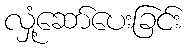
လှုံ့ဆော်ပေးခြင်း